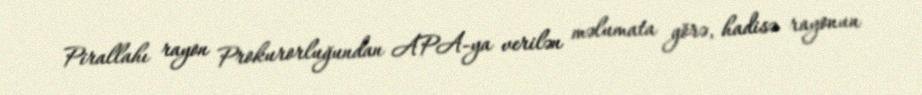
Pirallahı rayon Prokurorluğundan APA-ya verilən məlumata görə, hadisə rayonun